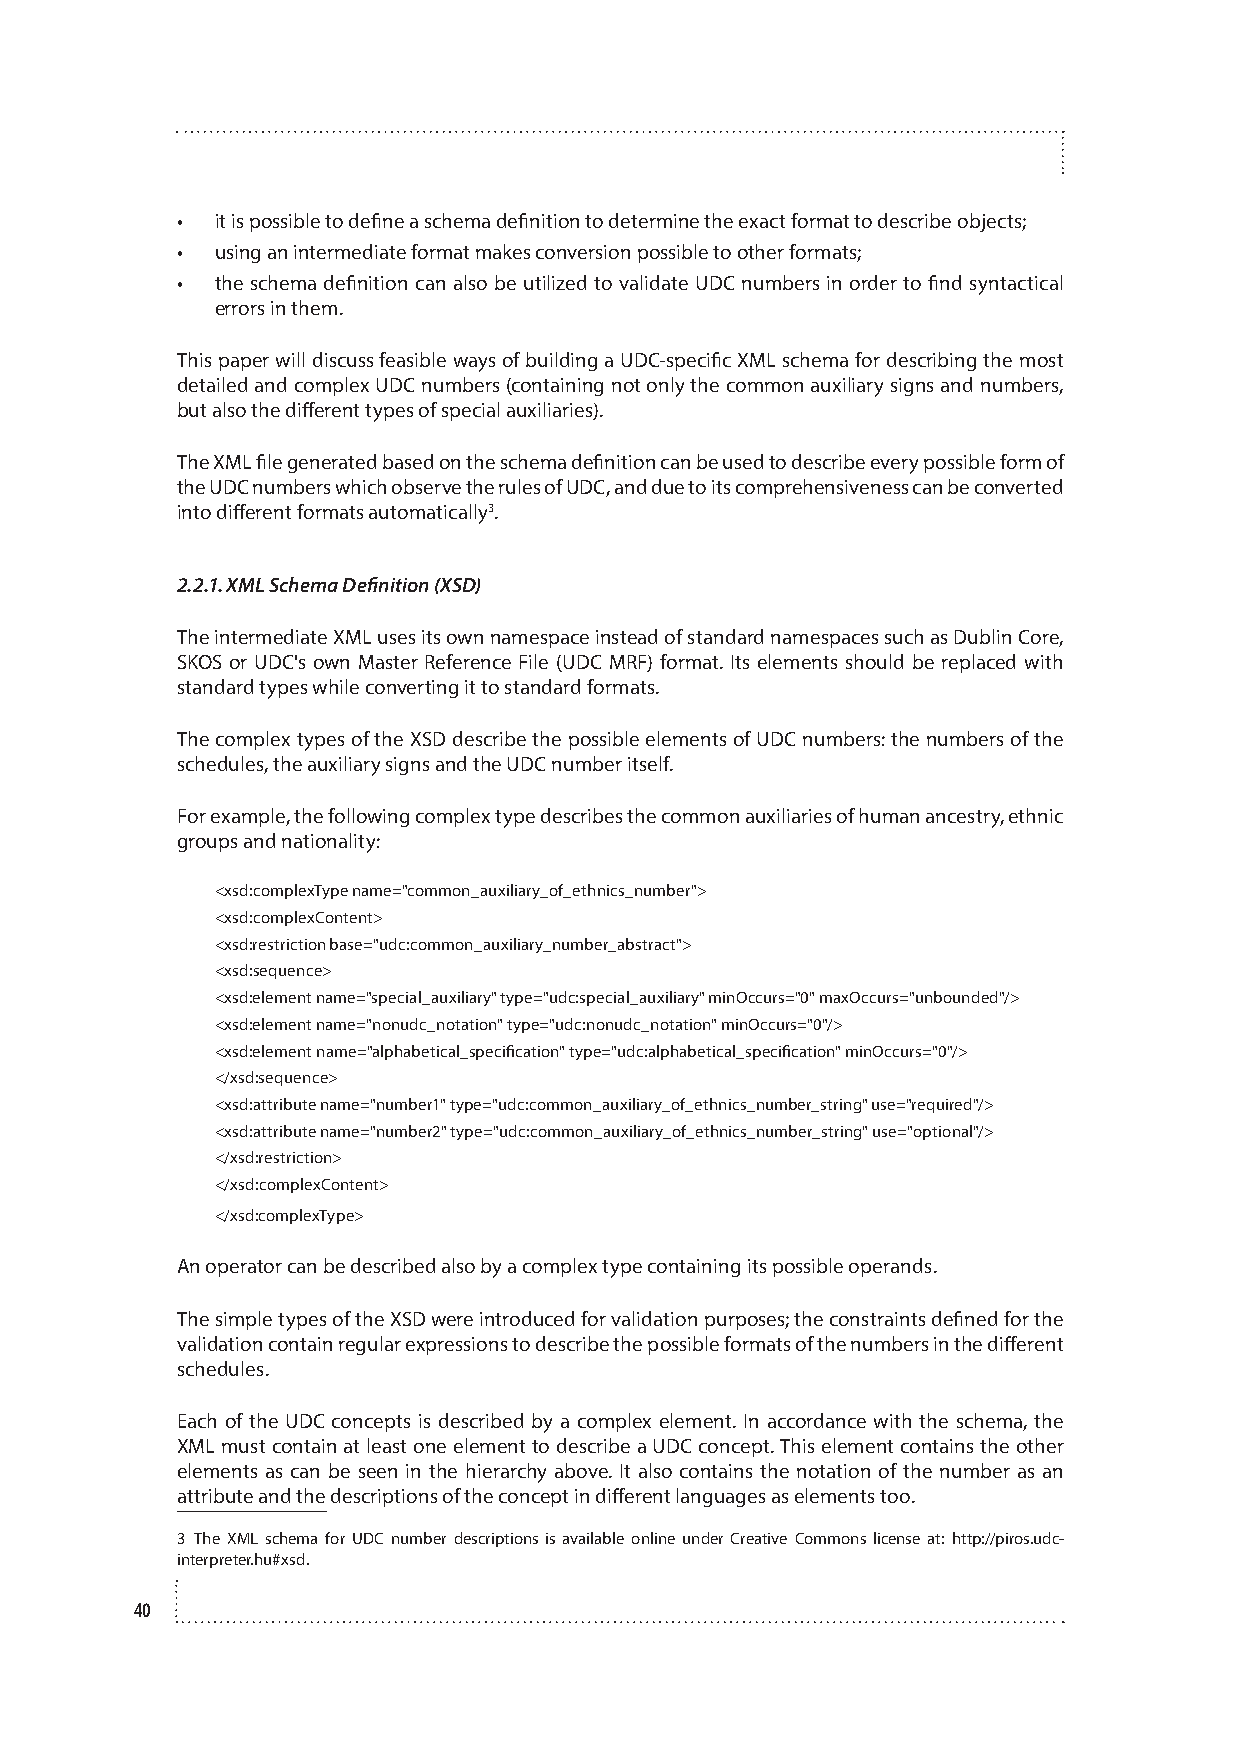
• it is possible to define a schema definition to determine the exact format to describe objects;
 • using an intermediate format makes conversion possible to other formats;
 • the schema definition can also be utilized to validate UDC numbers in order to find syntactical
 errors in them.
 This paper will discuss feasible ways of building a UDC-specific XML schema for describing the most
 detailed and complex UDC numbers (containing not only the common auxiliary signs and numbers,
 but also the different types of special auxiliaries).
 The XML file generated based on the schema definition can be used to describe every possible form of
 the UDC numbers which observe the rules of UDC, and due to its comprehensiveness can be converted
 into different formats automatically3.
 2.2.1. XML Schema Definition (XSD)
 The intermediate XML uses its own namespace instead of standard namespaces such as Dublin Core,
 SKOS or UDC's own Master Reference File (UDC MRF) format. Its elements should be replaced with
 standard types while converting it to standard formats.
 The complex types of the XSD describe the possible elements of UDC numbers: the numbers of the
 schedules, the auxiliary signs and the UDC number itself.
 For example, the following complex type describes the common auxiliaries of human ancestry, ethnic
 groups and nationality:
 <xsd:complexType name="common_auxiliary_of_ethnics_number">
 <xsd:complexContent>
 <xsd:restriction base="udc:common_auxiliary_number_abstract">
 <xsd:sequence>
 <xsd:element name="special_auxiliary" type="udc:special_auxiliary" minOccurs="0" maxOccurs="unbounded"/>
 <xsd:element name="nonudc_notation" type="udc:nonudc_notation" minOccurs="0"/>
 <xsd:element name="alphabetical_specification" type="udc:alphabetical_specification" minOccurs="0"/>
 </xsd:sequence>
 <xsd:attribute name="number1" type="udc:common_auxiliary_of_ethnics_number_string" use="required"/>
 <xsd:attribute name="number2" type="udc:common_auxiliary_of_ethnics_number_string" use="optional"/>
 </xsd:restriction>
 </xsd:complexContent>
 </xsd:complexType>
 An operator can be described also by a complex type containing its possible operands.
 The simple types of the XSD were introduced for validation purposes; the constraints defined for the
 validation contain regular expressions to describe the possible formats of the numbers in the different
 schedules.
 Each of the UDC concepts is described by a complex element. In accordance with the schema, the
 XML must contain at least one element to describe a UDC concept. This element contains the other
 elements as can be seen in the hierarchy above. It also contains the notation of the number as an
 attribute and the descriptions of the concept in different languages as elements too.
 3 The XML schema for UDC number descriptions is available online under Creative Commons license at: http://piros.udc-
 interpreter.hu#xsd.
 40